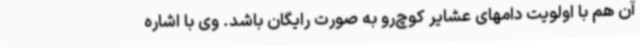
آن هم با اولویت دامهای عشایر کوچ‌رو به صورت رایگان باشد. وی با اشاره